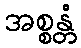
အစ္စန္တံ